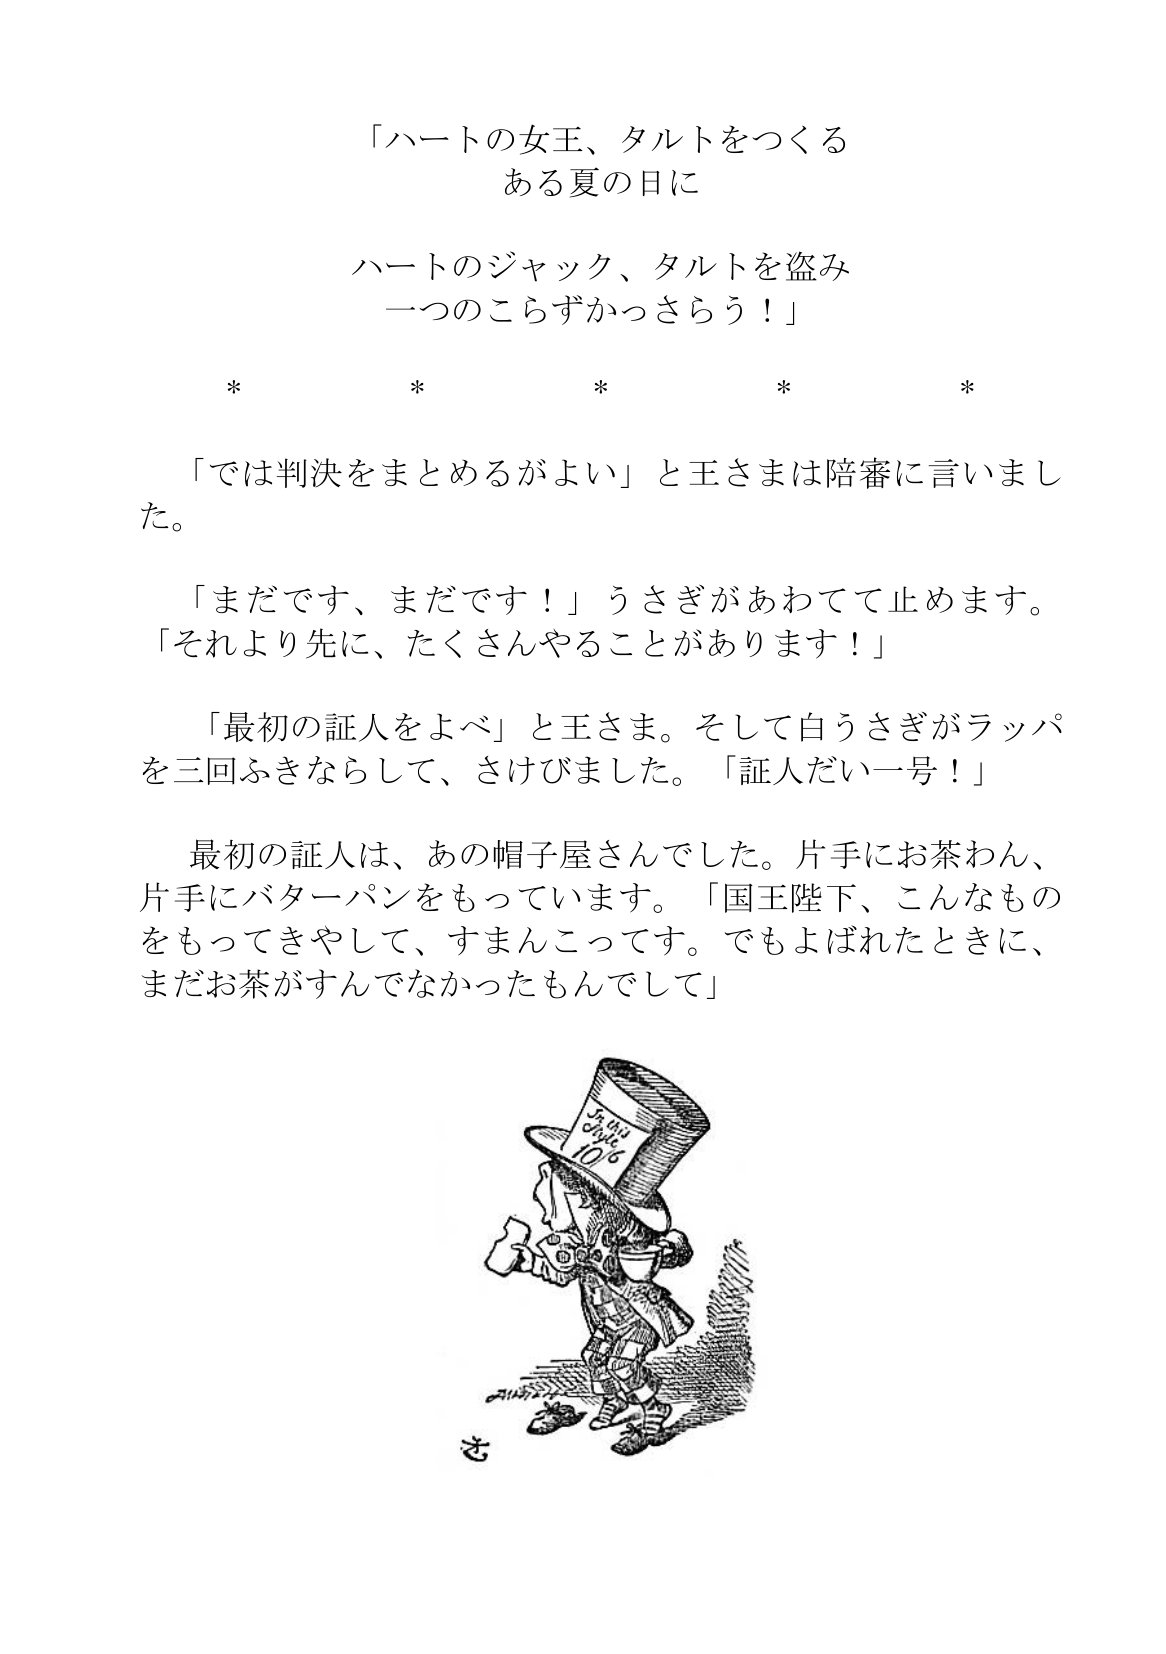
Language: ja